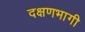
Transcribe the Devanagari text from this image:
दक्षणभागी